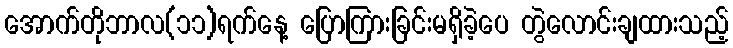
အောက်တိုဘာလ(၁၁)ရက်နေ့ ပြောကြားခြင်းမရှိခဲ့ပေ တွဲလောင်းချထားသည့်